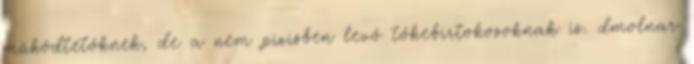
működtetőknek, de a nem pixisben levő tőkebirtokosoknak is. dmolnar